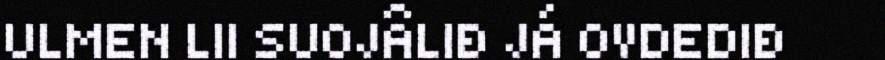
ULMEN LII SUOJÂLIĐ JÁ OVDEDIĐ